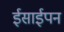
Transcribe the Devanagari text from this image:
ईसाईपन